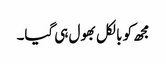
مجھ کو بالکل بھول ہی گیا۔